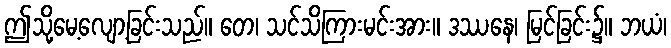
ဤသို့မေ့လျော့ခြင်းသည်။ တေ၊ သင်သိကြားမင်းအား။ ဒဿနေ၊ မြင်ခြင်း၌။ ဘယံ၊